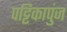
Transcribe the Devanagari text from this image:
पट्टिकापुंज